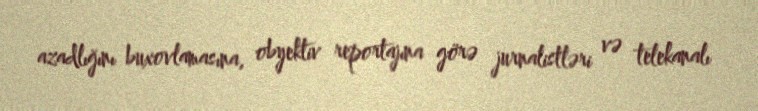
azadlığını buxovlamasına, obyektiv reportajına görə jurnalistləri və telekanalı